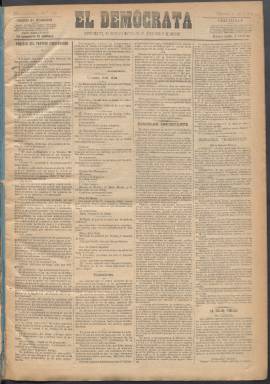
Título: El Demócrata (Madrid. 1890)
Colección: Periódicos
Ámbito geográfico: Madrid
Lugar de publicación: Madrid
Fechas: 08/07/1890-18/03/1893